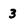
Character: 3